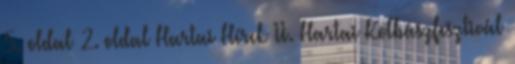
5. oldal 2. oldal Hartai Hírek II. Hartai Kolbászfesztivál